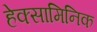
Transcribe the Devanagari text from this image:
हेक्सामिनिक